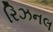
રિઝનલ